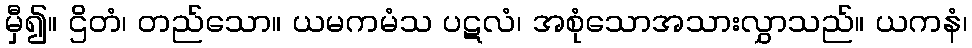
မှီ၍။ ဌိတံ၊ တည်သော။ ယမကမံသ ပဋလံ၊ အစုံသောအသားလွှာသည်။ ယကနံ၊